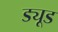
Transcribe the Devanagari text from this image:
ड्यूड